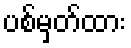
ပစ်မှတ်ထား